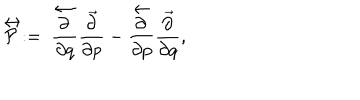
\stackrel { \leftrightarrow } { \cal P } : = \ \frac { \stackrel { \leftarrow } { \partial } } { \partial q } \frac { \vec { \partial } } { \partial p } - \frac { \stackrel { \leftarrow } { \partial } } { \partial p } \frac { \vec { \partial } } { \partial q } ,